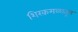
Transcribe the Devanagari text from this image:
शिरकमळातून